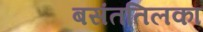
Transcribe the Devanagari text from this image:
बसंततिलका